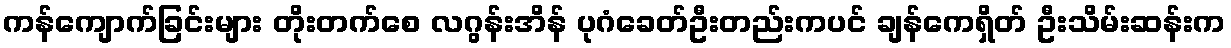
ကန်ကျောက်ခြင်းများ တိုးတက်စေ လဂွန်းအိန် ပုဂံခေတ်ဦးတည်းကပင် ချန်ကေရှိတ် ဦးသိမ်းဆန်းက